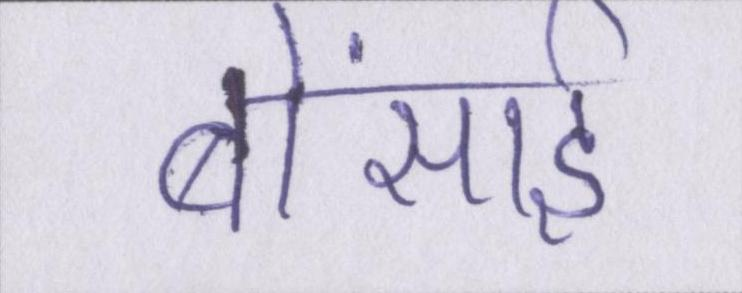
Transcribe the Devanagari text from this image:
बोंसाई